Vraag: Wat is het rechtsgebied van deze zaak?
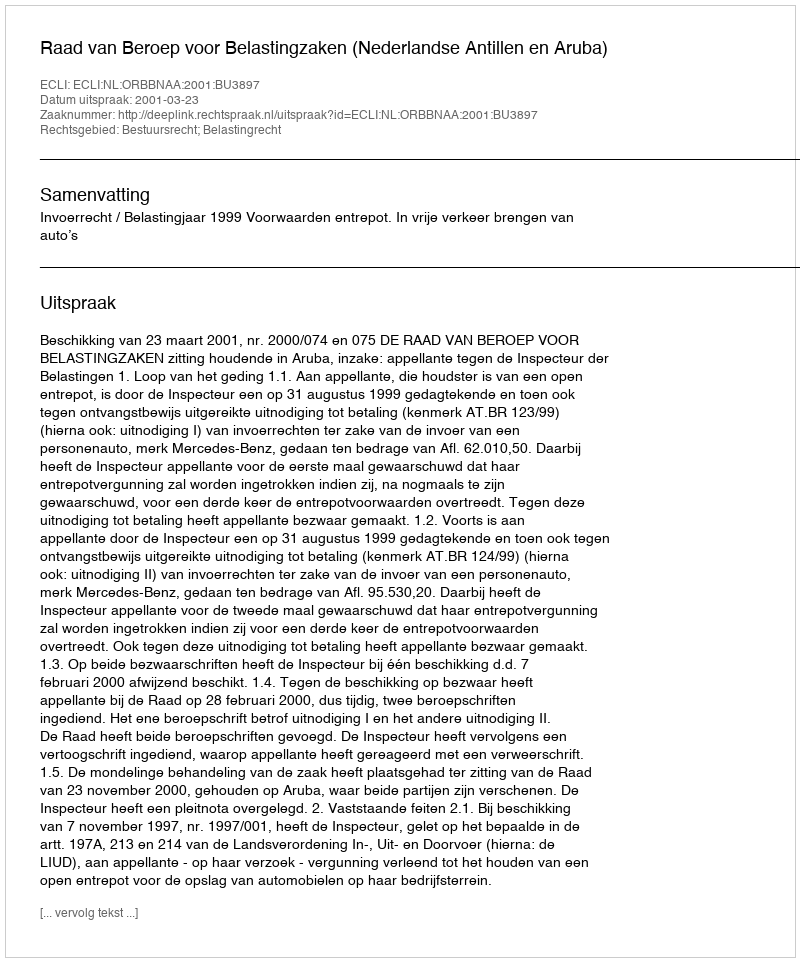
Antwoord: Bestuursrecht; Belastingrecht